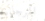
المرجانية